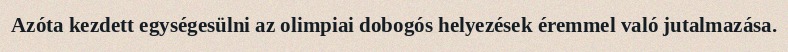
Azóta kezdett egységesülni az olimpiai dobogós helyezések éremmel való jutalmazása.